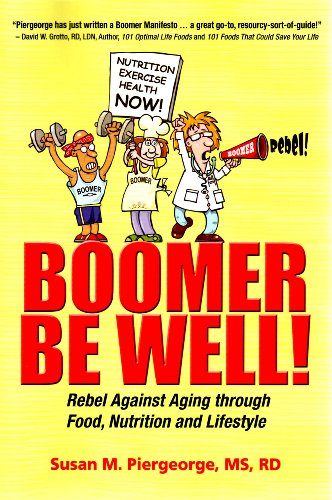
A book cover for Boomer Be Well! Rebel Against Aging through Food, Nutrition and Lifestyle; Susan M. Piergeorge  MS  RD; Health, Fitness & Dieting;